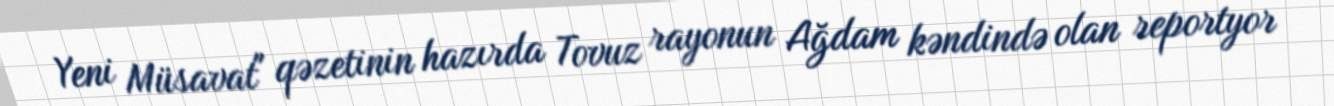
Yeni Müsavat" qəzetinin hazırda Tovuz rayonun Ağdam kəndində olan reportyor